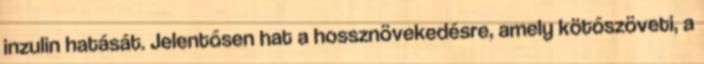
inzulin hatását. Jelentősen hat a hossznövekedésre, amely kötőszöveti, a